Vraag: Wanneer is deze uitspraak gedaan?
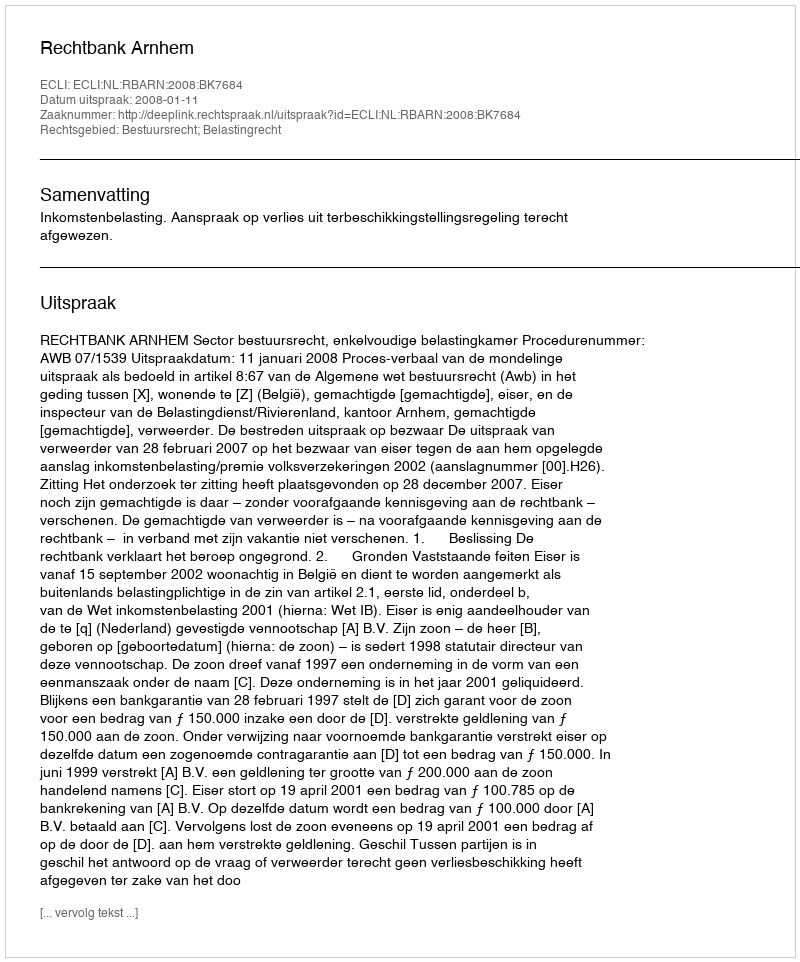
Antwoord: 2008-01-11